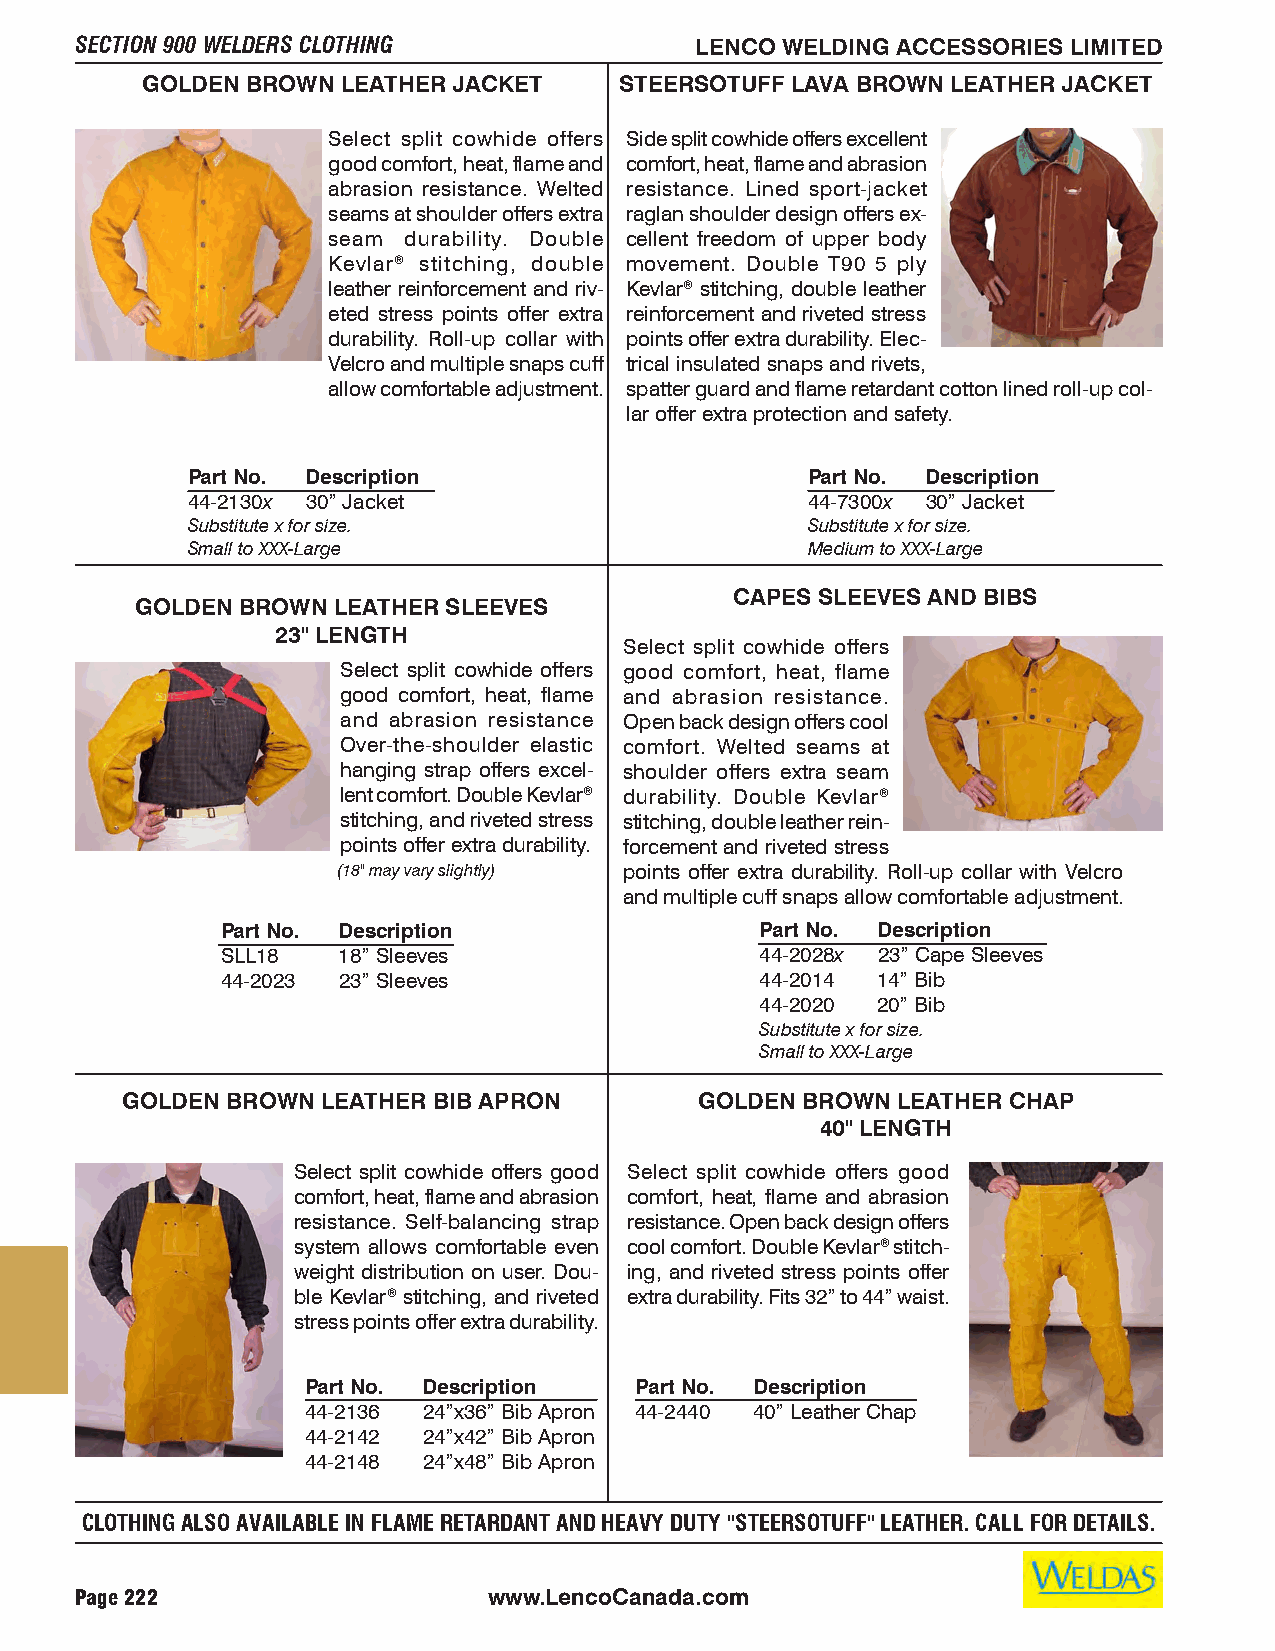
SECTION 900 WELDERS CLOTHING             LENCO WELDING ACCESSORIES LIMITED
 GOLDEN BROWN  LEATHER JACKET    STEERSOTUFF LAVA BROWN LEATHER JACKET
 Select split cowhide offers Side split cowhide offers excellent
 good comfort, heat, flame and comfort, heat, flame and abrasion
 abrasion resistance. Welted resistance. Lined sport-jacket
 seams at shoulder offers extra raglan shoulder design offers ex-
 seam durability. Double cellent freedom of upper body
 Kevlar® stitching, double movement. Double T90 5 ply
 leather reinforcement and riv- Kevlar® stitching, double leather
 eted stress points offer extra reinforcement and riveted stress
 durability. Roll-up collar with points offer extra durability. Elec-
 Velcro and multiple snaps cuff trical insulated snaps and rivets,
 allow comfortable adjustment. spatter guard and flame retardant cotton lined roll-up col-
 lar offer extra protection and safety.
 Part No. Description                     Part No. Description
 44-2130x 30” Jacket                      44-7300x 30” Jacket
 Substitute x for size.                   Substitute x for size.
 Small to XXX-Large                       Medium to XXX-Large
 CAPES SLEEVES AND BIBS
 GOLDEN BROWN LEATHER SLEEVES
 23" LENGTH
 Select split cowhide offers
 Select split cowhide offers good comfort, heat, flame
 good comfort, heat, flame and abrasion resistance.
 and abrasion resistance Open back design offers cool
 Over-the-shoulder elastic comfort. Welted seams at
 hanging strap offers excel- shoulder offers extra seam
 lent comfort. Double Kevlar® durability. Double Kevlar®
 stitching, and riveted stress stitching, double leather rein-
 points offer extra durability. forcement and riveted stress
 (18" may vary slightly) points offer extra durability. Roll-up collar with Velcro
 and multiple cuff snaps allow comfortable adjustment.
 Part No. Description               Part No. Description
 SLL18  18” Sleeves                 44-2028x 23” Cape Sleeves
 44-2023 23” Sleeves                44-2014 14” Bib
 44-2020 20” Bib
 Substitute x for size.
 Small to XXX-Large
 GOLDEN BROWN LEATHER BIB APRON        GOLDEN BROWN LEATHER CHAP
 40" LENGTH
 Select split cowhide offers good Select split cowhide offers good
 comfort, heat, flame and abrasion comfort, heat, flame and abrasion
 resistance. Self-balancing strap resistance. Open back design offers
 system allows comfortable even cool comfort. Double Kevlar® stitch-
 weight distribution on user. Dou- ing, and riveted stress points offer
 ble Kevlar® stitching, and riveted extra durability. Fits 32” to 44” waist.
 stress points offer extra durability.
 Part No. Description  Part No. Description
 44-2136 24”x36” Bib Apron 44-2440 40” Leather Chap
 44-2142 24”x42” Bib Apron
 44-2148 24”x48” Bib Apron
 CLOTHING ALSO AVAILABLE IN FLAME RETARDANT AND HEAVY DUTY "STEERSOTUFF" LEATHER. CALL FOR DETAILS.
 Page 222                   www.LencoCanada.com